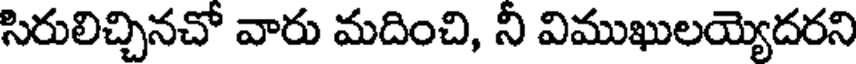
సిరులిచ్చినచో వారు మదించి, నీ విముఖులయ్యెదరని